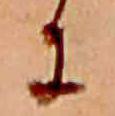
に